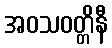
အဝသဝတ္တိနီ